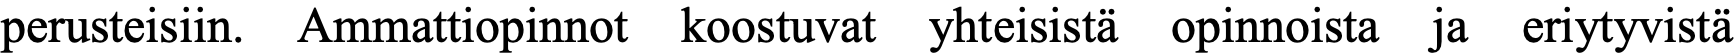
perusteisiin. Ammattiopinnot koostuvat yhteisistä opinnoista ja eriytyvistä